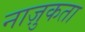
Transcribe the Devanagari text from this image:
नाज़ुकता